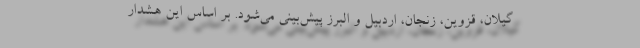
گیلان، قزوین، زنجان، اردبیل و البرز پیش‌بینی می‌شود. بر اساس این هشدار